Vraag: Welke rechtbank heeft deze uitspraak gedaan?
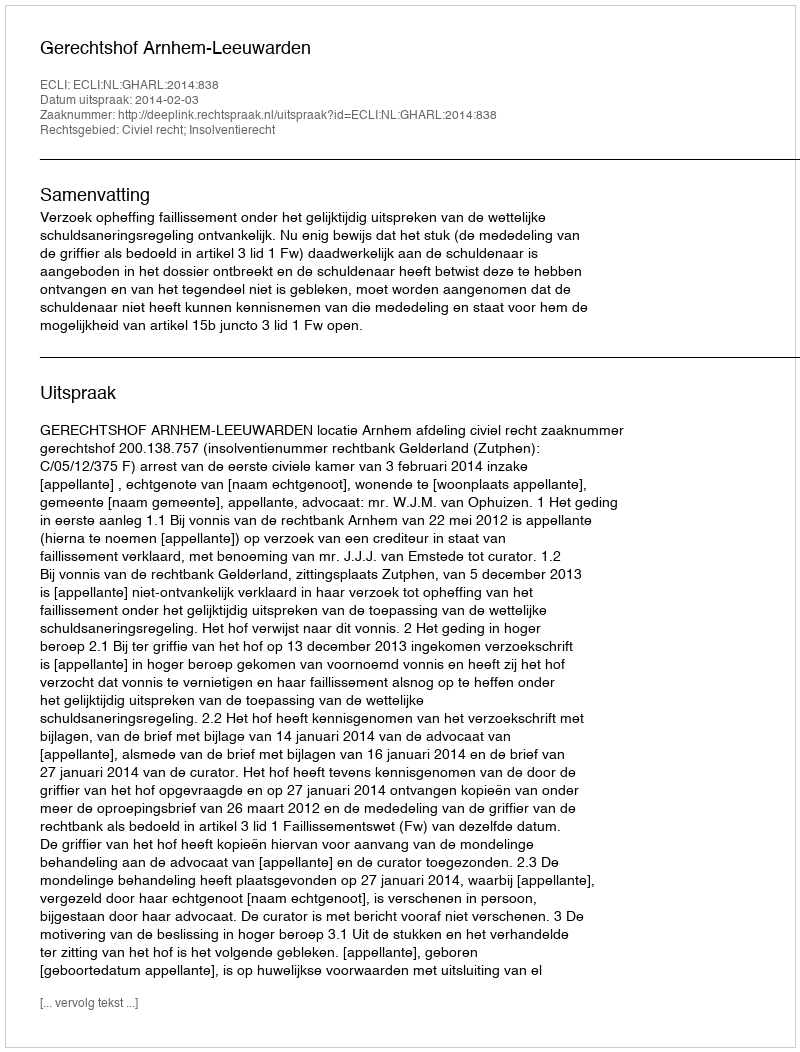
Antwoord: Gerechtshof Arnhem-Leeuwarden